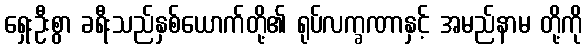
ရှေးဦးစွာ ခရီးသည်နှစ်ယောက်တို့၏ ရုပ်လက္ခဏာနှင့် အမည်နာမ တို့ကို